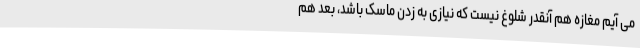
می آیم مغازه هم آنقدر شلوغ نیست که نیازی به زدن ماسک باشد، بعد هم